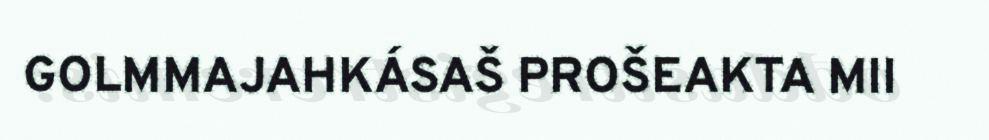
GOLMMAJAHKÁSAŠ PROŠEAKTA MII